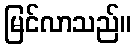
မြင်လာသည်။